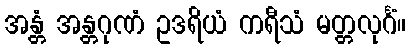
အန္တံ အန္တဂုဏံ ဥဒရိယံ ကရီသံ မတ္တလုင်္ဂံ။